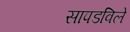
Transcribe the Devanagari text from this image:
सापडविले